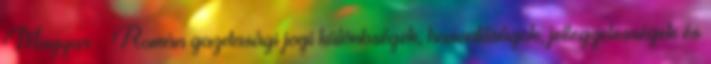
Magyar – Román gazdasági jogi különbségek, hasonlóságok, jellegzetességek és